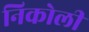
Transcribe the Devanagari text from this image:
निकोली